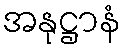
အနုဋ္ဌာနံ